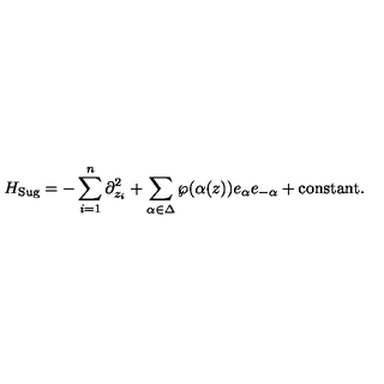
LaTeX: H _ { \mathrm { S u g } } = - \sum _ { i = 1 } ^ { n } \partial _ { z _ { i } } ^ { 2 } + \sum _ { \alpha \in \Delta } \wp ( \alpha ( z ) ) e _ { \alpha } e _ { - \alpha } + \mathrm { c o n s t a n t } .